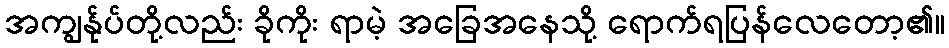
အကျွန်ုပ်တို့လည်း ခိုကိုး ရာမဲ့ အခြေအနေသို့ ရောက်ရပြန်လေတော့၏။